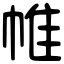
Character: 帷